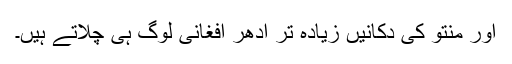
اور منتو کی دکانیں زیادہ تر ادهر افغانی لوگ ہی چلاتے ہیں۔